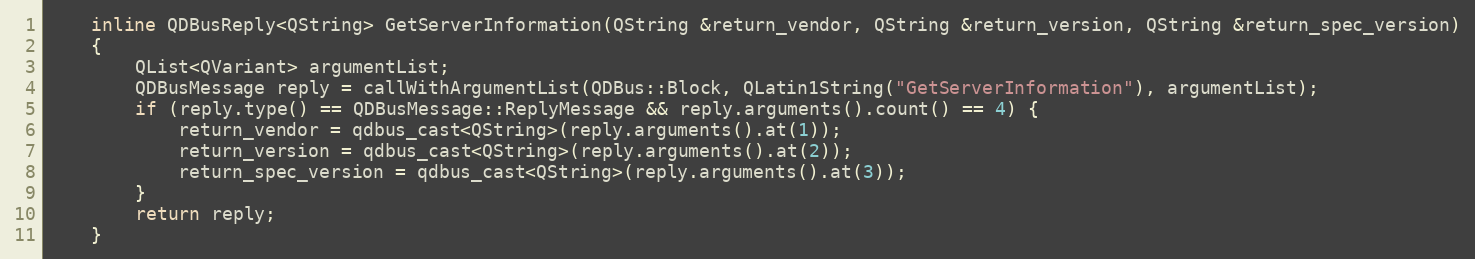
Language: C
    inline QDBusReply<QString> GetServerInformation(QString &return_vendor, QString &return_version, QString &return_spec_version)
    {
        QList<QVariant> argumentList;
        QDBusMessage reply = callWithArgumentList(QDBus::Block, QLatin1String("GetServerInformation"), argumentList);
        if (reply.type() == QDBusMessage::ReplyMessage && reply.arguments().count() == 4) {
            return_vendor = qdbus_cast<QString>(reply.arguments().at(1));
            return_version = qdbus_cast<QString>(reply.arguments().at(2));
            return_spec_version = qdbus_cast<QString>(reply.arguments().at(3));
        }
        return reply;
    }